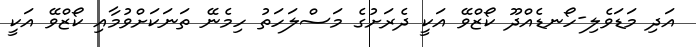
އަދި މަޑަވެލި-ހޯނޑެއްދޫ ކޯޒްވޭ އަކީ ދެރަށުގެ މަސްލަހަތު ހިމެނޭ ތަނަކަށްވުމާއި ކޯޒްވޭ އަކީ